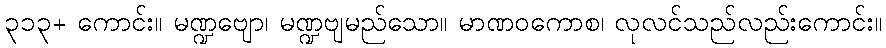
၃၁၃+ ကောင်း။ မဏ္ဍဗျော၊ မဏ္ဍဗျမည်သော။ မာဏဝကောစ၊ လုလင်သည်လည်းကောင်း။